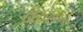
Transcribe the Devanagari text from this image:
दोय्च्लन्द्